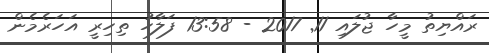
ރައްޔިތު މީހާ ޖުލައި 11